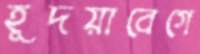
হূদয়াবেগে